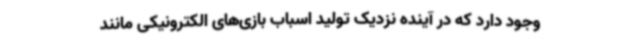
وجود دارد که در آینده نزدیک تولید اسباب بازی‌های الکترونیکی مانند